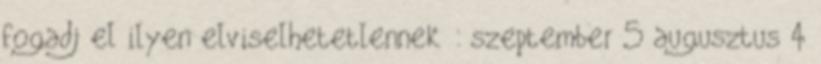
fogadj el ilyen elviselhetetlennek : szeptember 5 augusztus 4